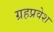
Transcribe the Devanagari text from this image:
ग्रहप्रवेश